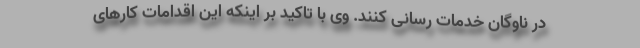
در ناوگان خدمات رسانی کنند. وی با تاکید بر اینکه این اقدامات کارهای